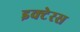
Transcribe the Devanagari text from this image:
इक्टेरस